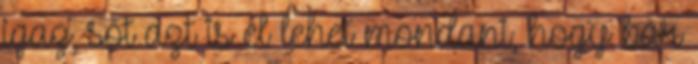
igaz, sőt azt is el lehet mondani, hogy bár